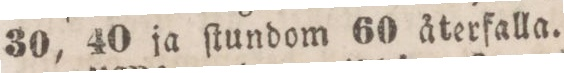
30, 40 ja ſtundom 60 återfalla.